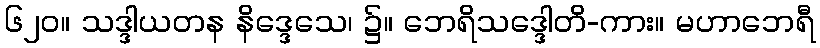
၆၂၀။ သဒ္ဒါယတန နိဒ္ဒေသေ၊ ၌။ ဘေရိသဒ္ဒေါတိ-ကား။ မဟာဘေရီ